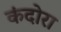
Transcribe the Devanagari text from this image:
कंदोरा